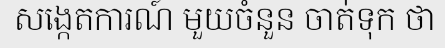
សង្កេតការណ៍ មួយចំនួន ចាត់ទុក ថា